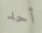
أحد